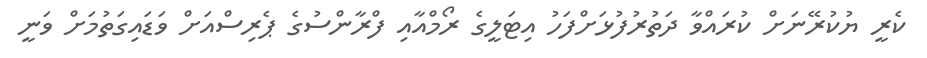
ކެރީ ޔުކުރޭނަށް ކުރައްވާ ދަތުރުފުޅަށްފަހު އިޓަލީގެ ރޯމްއާއި ފްރާންސުގެ ޕެރިސްއަށް ވަޑައިގަތުމަށް ވަނީ